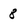
Character: 8